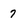
Character: 7